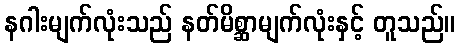
နဂါးမျက်လုံးသည် နတ်မိစ္ဆာမျက်လုံးနှင့် တူသည်။